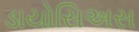
ડાયોસિઅસ